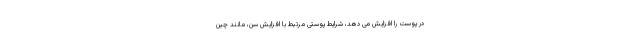
در پوست را افزایش می دهد، شرایط پوستی مرتبط با افزایش سن، مانند چین